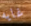
غايه